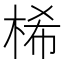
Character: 桸